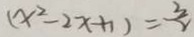
( x ^ { 2 } - 2 x + 1 ) = \frac { 3 } { 2 }